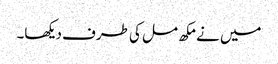
میں نے مکھ مل کی طرف دیکھا۔